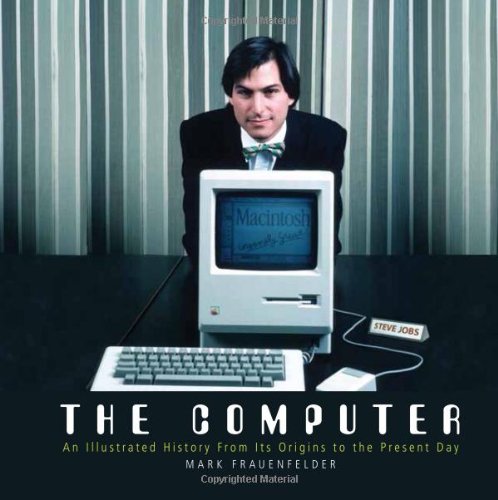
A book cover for The Computer: An Illustrated History From its Origins to the Present Day; Mark Frauenfelder; Computers & Technology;